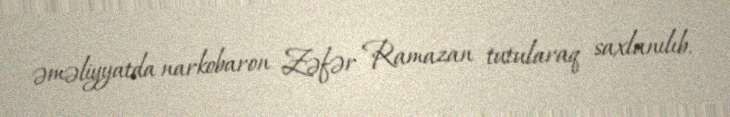
əməliyyatda narkobaron Zəfər Ramazan tutularaq saxlanılıb.